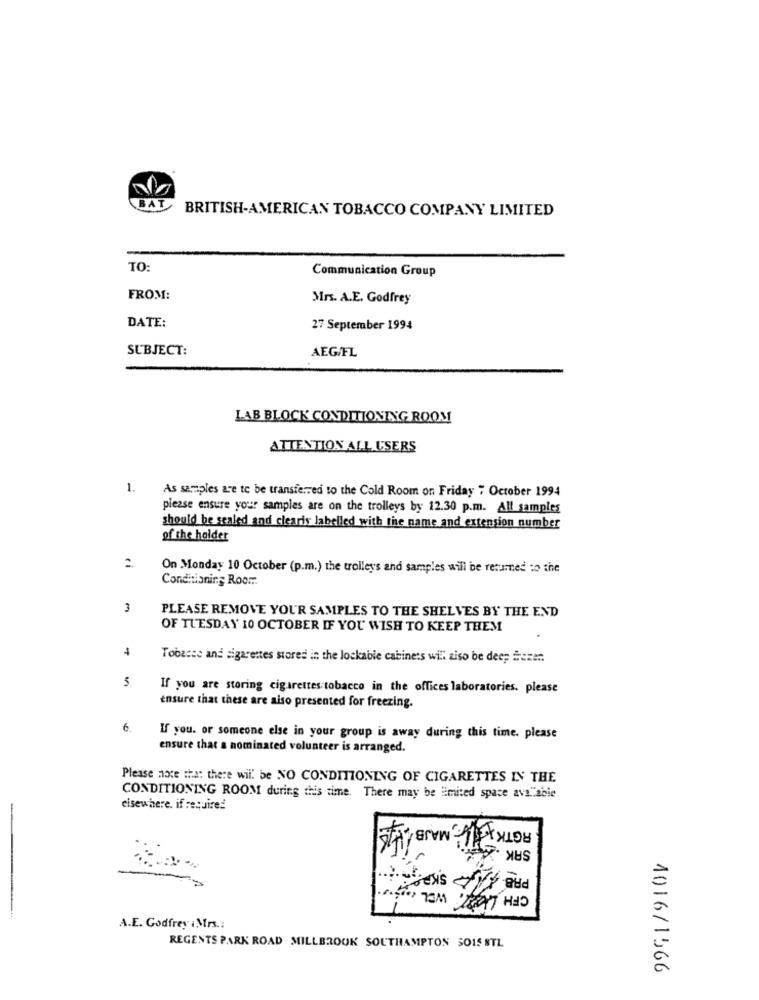
BAT
BRITISH-AMERICAN TOBACCO COMPANY LIMITED
TO:
Communication Group
FROM:
Mrs. A.E. Godfrey
DATE:
27 September 1994
SUBJECT:
AEG/FL
LAB BLOCK CONDITIONING ROOM
ATTENTION ALL USERS
1.
As samples are to be transferred to the Cold Room on Friday , October 1994
please ensure your samples are on the trolleys by 12.30 p.m. All samples
should be sealed and clearis labelled with the name and extension number
of the holder
On Monday 10 October (p.m.) the trolleys and samples will be retamed :o the
Conditioning Room.
3
PLEASE REMOVE YOUR SAMPLES TO THE SHELVES BY THE END
OF TUESDAY 10 OCTOBER IF YOU WISH TO KEEP THEM
4
Tobacco and sigarentes stored in the lockable cabinets will iso be deep Sezer.
5.
If you are storing cigarettes tobacco in the offices laboratories. please
ensure that these are aiso presented for freezing.
6.
If you. or someone else in your group is away during this time. please
ensure that a nominated volunteer is arranged.
Please note that there will be NO CONDITIONING OF CIGARETTES IN THE
CONDITIONING ROOM during this time. There may be Emited space ava"able
elsewhere. if required
ROTH , MAJBAHIS
SAK
CFH LICE
A.E. Godfrey i Mrs .:
REGENTS PARK ROAD MILLBROOK SOUTHAMPTON 5015 STL
1016/1566